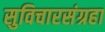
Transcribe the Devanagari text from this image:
सुविचारसंग्रहा